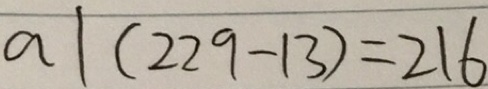
a \vert ( 2 2 9 - 1 3 ) = 2 1 6